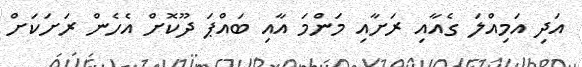
އަދި އަމިއްލަ ގެއާއި ރަށާއި މަންމަ އާއި ބައްޕަ ދޫކޮށް އެހެން ރަށަކަށް